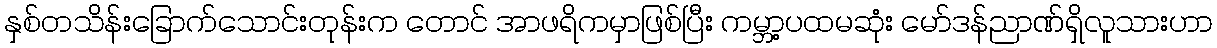
နှစ်တသိန်းခြောက်သောင်းတုန်းက တောင် အာဖရိကမှာဖြစ်ပြီး ကမ္ဘာ့ပထမဆုံး မော်ဒန်ညာဏ်ရှိလူသားဟာ